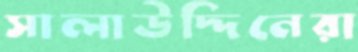
সালাউদ্দিনেরা